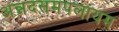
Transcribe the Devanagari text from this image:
अन्नदसमपलायम